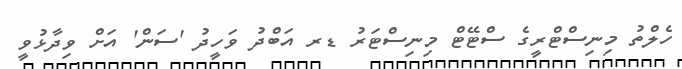
ހެލްތު މިނިސްޓްރީގެ ސްޓޭޓް މިނިސްޓަރު ޑރ އަބްދު ވަހީދު 'ސަން' އަށް ވިދާޅުވީ